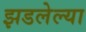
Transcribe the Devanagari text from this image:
झडलेल्या